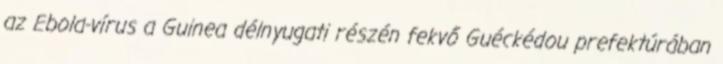
az Ebola-vírus a Guinea délnyugati részén fekvő Guéckédou prefektúrában